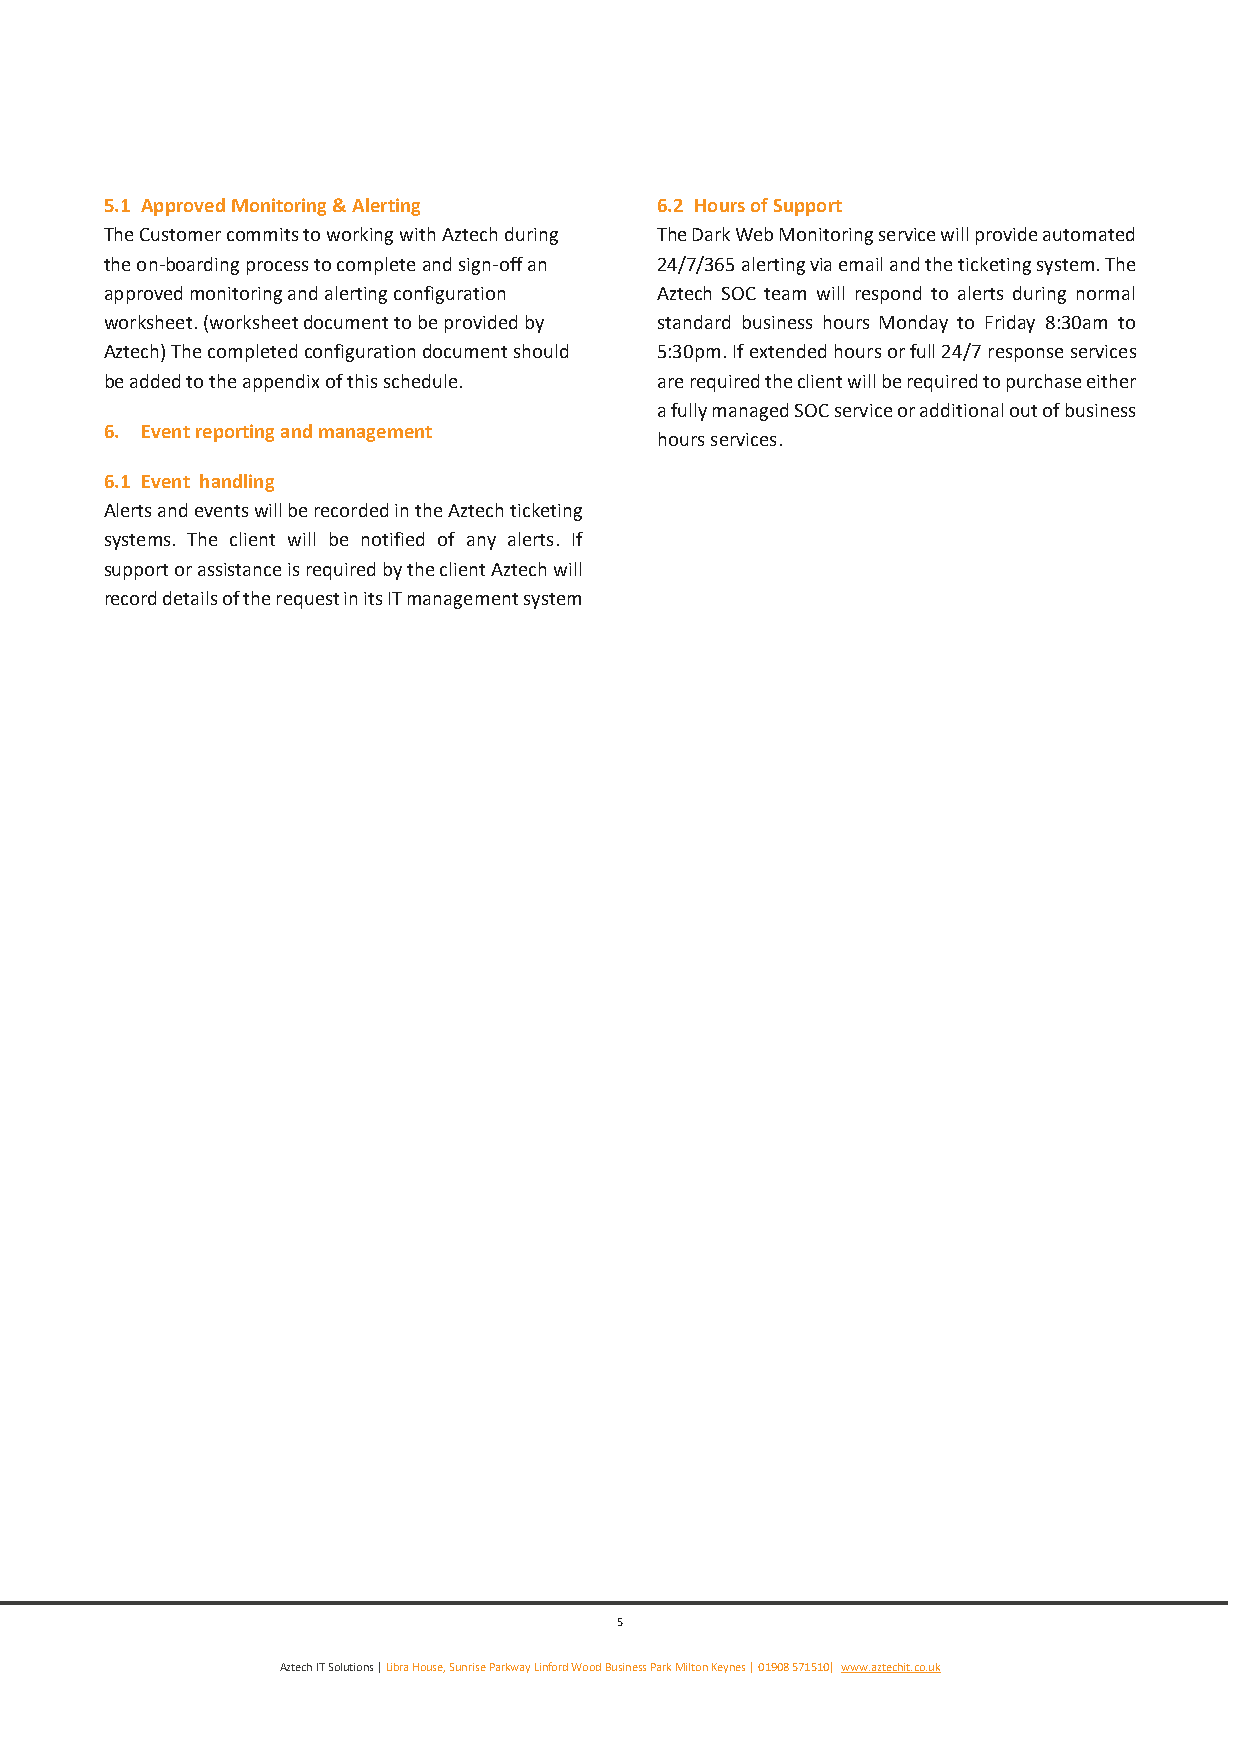
5.1 Approved Monitoring & Alerting  6.2 Hours of Support
 The Customer commits to working with Aztech during The Dark Web Monitoring service will provide automated
 the on-boarding process to complete and sign-off an 24/7/365 alerting via email and the ticketing system. The
 approved monitoring and alerting configuration Aztech SOC team will respond to alerts during normal
 worksheet. (worksheet document to be provided by standard business hours Monday to Friday 8:30am to
 Aztech) The completed configuration document should 5:30pm. If extended hours or full 24/7 response services
 be added to the appendix of this schedule. are required the client will be required to purchase either
 a fully managed SOC service or additional out of business
 6. Event reporting and management
 hours services.
 6.1 Event handling
 Alerts and events will be recorded in the Aztech ticketing
 systems. The client will be notified of any alerts. If
 support or assistance is required by the client Aztech will
 record details of the request in its IT management system
 5
 Aztech IT Solutions | Libra House, Sunrise Parkway Linford Wood Business Park Milton Keynes | 01908 571510| www.aztechit.co.uk